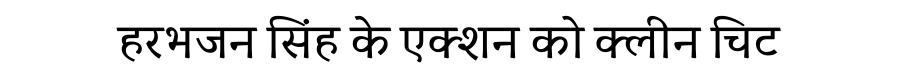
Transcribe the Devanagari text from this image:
हरभजन सिंह के एक्शन को क्लीन चिट